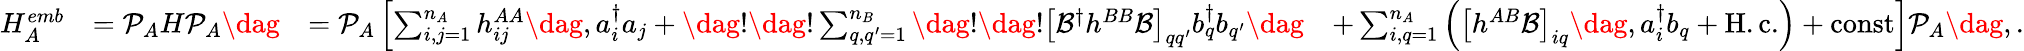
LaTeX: \begin{array}{rlrl}{H_{A}^{emb}}&{=\mathcal{P}_{A}H\mathcal{P}_{A}\dag}&{=\mathcal{P}_{A}\left[\sum_{i,j=1}^{n_{A}}h_{ij}^{AA}\dag,a_{i}^{\dagger}a_{j}+\dag!\dag!\sum_{q,q^{\prime}=1}^{n_{B}}\dag!\dag!\left[\mathcal{B}^{\dagger}h^{BB}\mathcal{B}\right]_{qq^{\prime}}b_{q}^{\dagger}b_{q^{\prime}}\right.\dag}&{\left.+\sum_{i,q=1}^{n_{A}}\left(\left[h^{AB}\mathcal{B}\right]_{iq}\dag,a_{i}^{\dagger}b_{q}+\mathrm{H.c.}\right)+\mathrm{const}\right]\mathcal{P}_{A}\dag,.}\end{array}